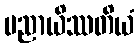
ပညာယိဿတိယံ